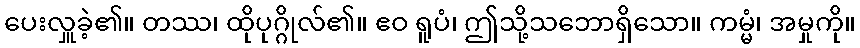
ပေးလှူခဲ့၏။ တဿ၊ ထိုပုဂ္ဂိုလ်၏။ ဧဝ ရူပံ၊ ဤသို့သဘောရှိသော။ ကမ္မံ၊ အမှုကို။